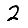
Digit: 2